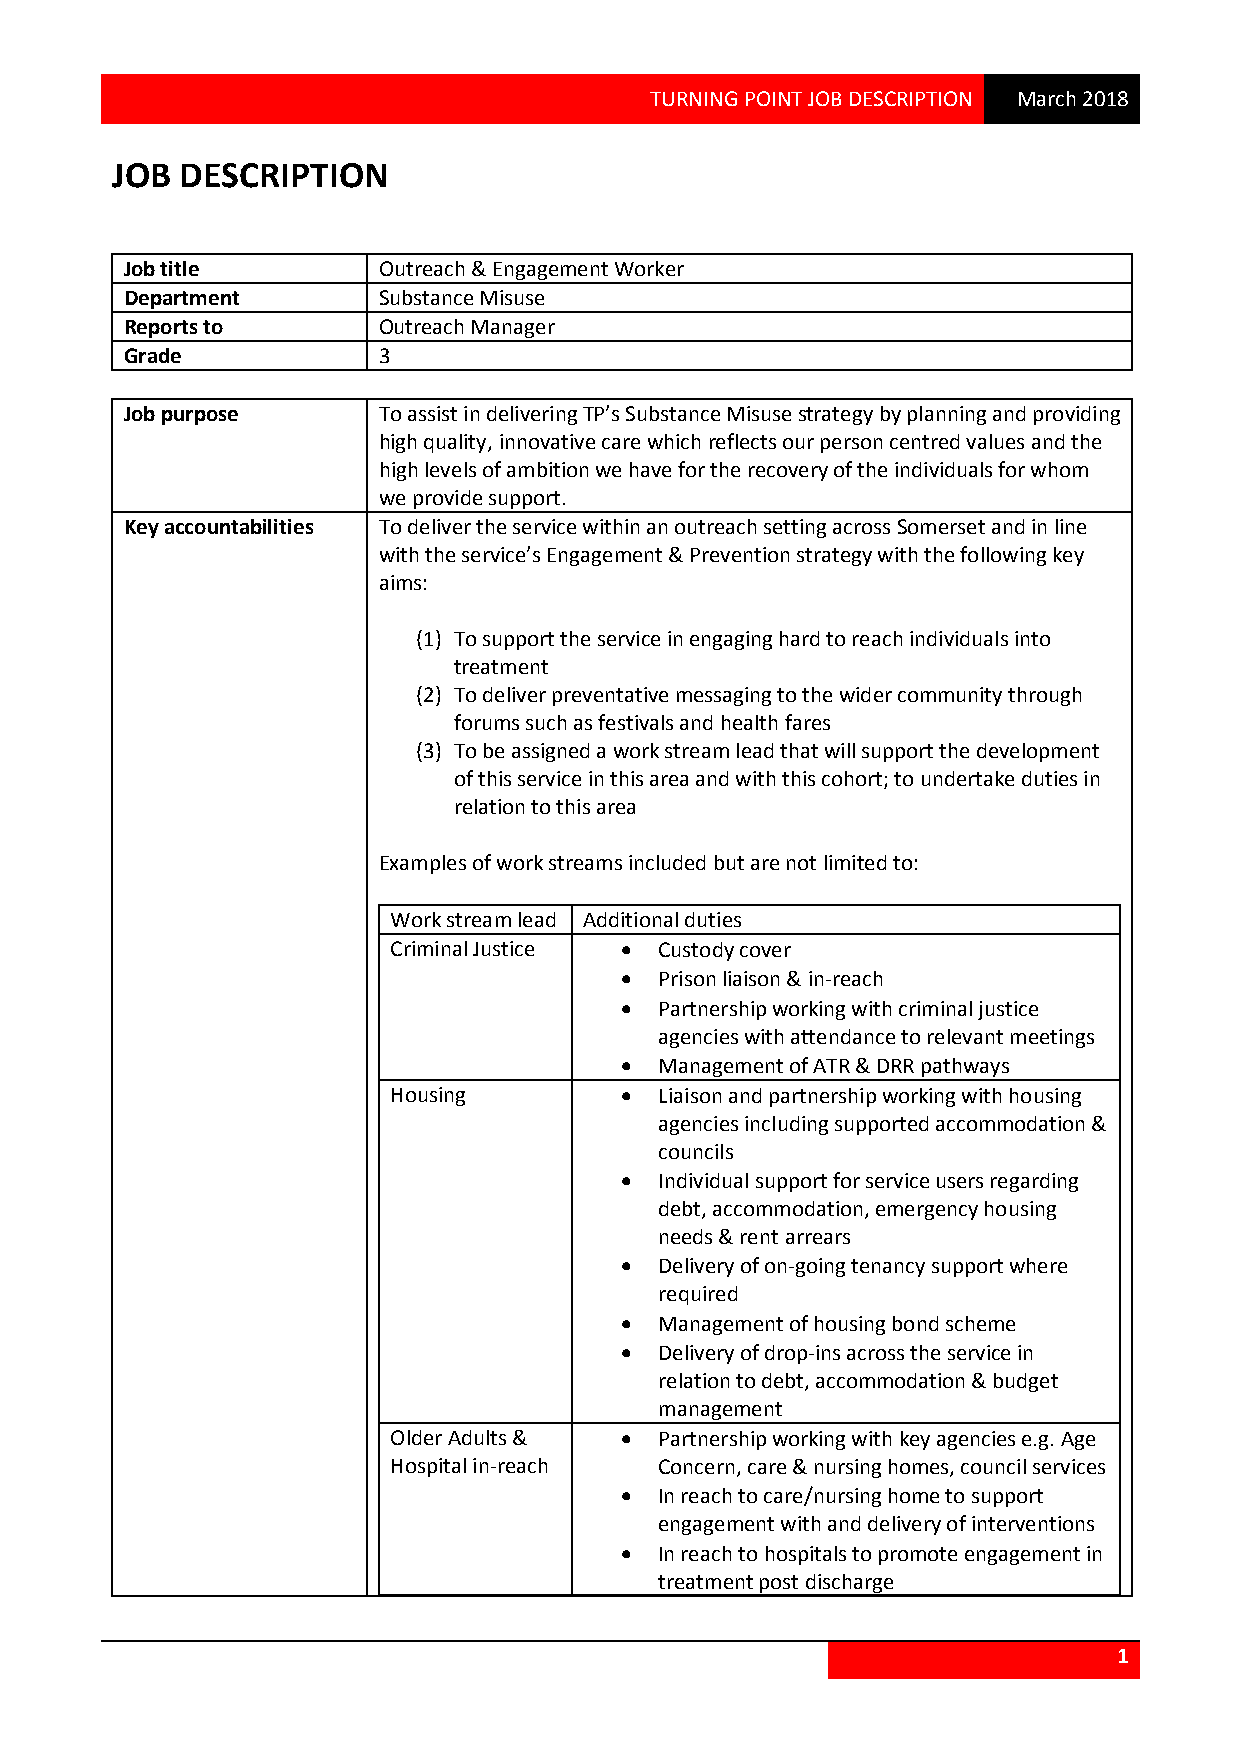
TURNING POINT JOB DESCRIPTION March 2018
 JOB  DESCRIPTION
 Job title        Outreach & Engagement Worker
 Department       Substance Misuse
 Reports to       Outreach Manager
 Grade            3
 Job purpose      To assist in delivering TP’s Substance Misuse strategy by planning and providing
 high quality, innovative care which reflects our person centred values and the
 high levels of ambition we have for the recovery of the individuals for whom
 we provide support.
 Key accountabilities To deliver the service within an outreach setting across Somerset and in line
 with the service’s Engagement & Prevention strategy with the following key
 aims:
 (1) To support the service in engaging hard to reach individuals into
 treatment
 (2) To deliver preventative messaging to the wider community through
 forums such as festivals and health fares
 (3) To be assigned a work stream lead that will support the development
 of this service in this area and with this cohort; to undertake duties in
 relation to this area
 Examples of work streams included but are not limited to:
 Work stream lead Additional duties
 Criminal Justice  Custody cover
   Prison liaison & in-reach
   Partnership working with criminal justice
 agencies with attendance to relevant meetings
   Management of ATR & DRR pathways
 Housing          Liaison and partnership working with housing
 agencies including supported accommodation &
 councils
   Individual support for service users regarding
 debt, accommodation, emergency housing
 needs & rent arrears
   Delivery of on-going tenancy support where
 required
   Management of housing bond scheme
   Delivery of drop-ins across the service in
 relation to debt, accommodation & budget
 management
 Older Adults &   Partnership working with key agencies e.g. Age
 Hospital in-reach Concern, care & nursing homes, council services
   In reach to care/nursing home to support
 engagement with and delivery of interventions
   In reach to hospitals to promote engagement in
 treatment post discharge
 1